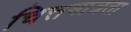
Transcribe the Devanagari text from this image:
चित्तमात्रता